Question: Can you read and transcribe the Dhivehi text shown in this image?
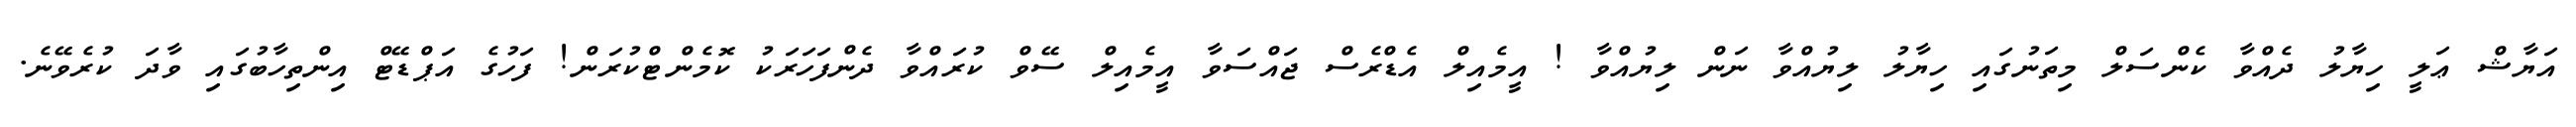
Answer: އަޔާޝް ޢަލީ ހިޔާލު ދެއްވާ ކެންސަލް މިތަނުގައި ހިޔާލު ލިޔުއްވާ ނަން ލިޔުއްވާ ! އީމެއިލް އެޑްރެސް ޖައްސަވާ އީމެއިލް ސޭވް ކުރައްވާ ދެންފަހަރަކު ކޮމެންޓްކުރަން! ފަހުގެ އަޕްޑޭޓް އިންތިހާބުގައި ވާދަ ކުރެވޭނެ.